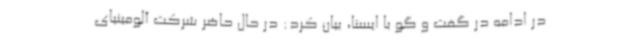
در ادامه در گفت و گو با ایسنا، بیان کرد: در حال حاضر شرکت آلومینیای